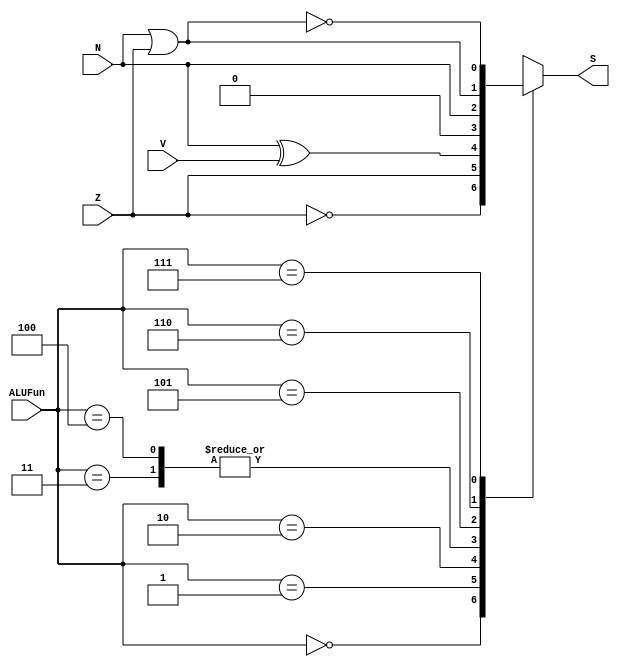
module ALU_cmp (
	input Z,
	input V,
	input N,
	input [2:0] ALUFun,
	output reg S
);

wire S1;
wire S2;
wire S3;
wire S4_1, S4;
wire S5;
wire S6;


assign S1 = Z;
assign S2 = ~Z;
assign S3 = N^V;   // critical path
//nand (S4_1, A31, Z);
assign S4 = N | Z;
assign S5 = N;
assign S6 = ~(N | Z);


// wire SA, SB;
// always @(*) begin : proc_compare1
// 	if(ALUFun[1:0] == 2'b00) SA = S2;
// 	else if (ALUFun[1:0] == 2'b01) SA = S1;
// 	else if (ALUFun[1:0] == 2'b10) SA = S3;
// 	else if (ALUFun[1:0] == 2'b11) SA = 0;
// end

// always @(*) begin : proc_compare2
// 	if(ALUFun[1:0] == 2'b00) SB = 0;
// 	else if (ALUFun[1:0] == 2'b01) SB = S5;
// 	else if (ALUFun[1:0] == 2'b10) SB = S4;
// 	else if (ALUFun[1:0] == 2'b11) SB = S6;
// end

// assign S = ALUFun[2] ? SB : SA;

always @(*) begin : proc_compare
	case (ALUFun)
		3'b000: S = S2;
		3'b001: S = S1;
		3'b010: S = S3;
		3'b011: S = 0;
		3'b100: S = 0;
		3'b101: S = S5;
		3'b110: S = S4;
		3'b111: S = S6;
	endcase
end

endmodule